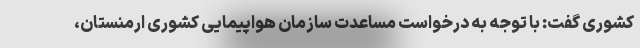
کشوری گفت: با توجه به درخواست مساعدت سازمان هواپیمایی کشوری ارمنستان،